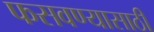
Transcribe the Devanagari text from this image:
फसवण्यासाठी